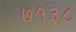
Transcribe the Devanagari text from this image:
७१३८